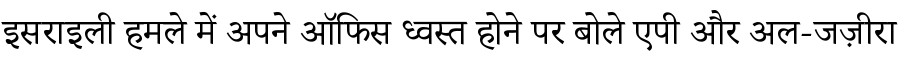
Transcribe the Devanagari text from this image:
इसराइली हमले में अपने ऑफिस ध्वस्त होने पर बोले एपी और अल-जज़ीरा